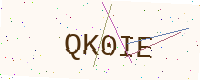
Text: QK0IE